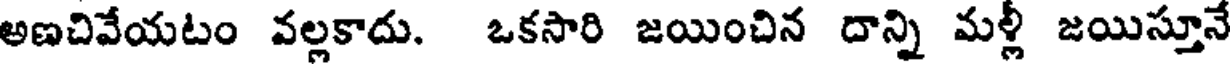
అణచివేయటం వల్లకాదు. ఒకసారి జయించిన దాన్ని మళ్లీ జయిస్తూనే